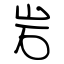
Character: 岩